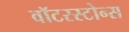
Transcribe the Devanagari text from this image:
वॉटरस्टोन्स